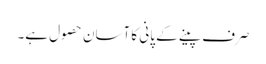
صرف پینے کے پانی کا آسان حصول ہے۔